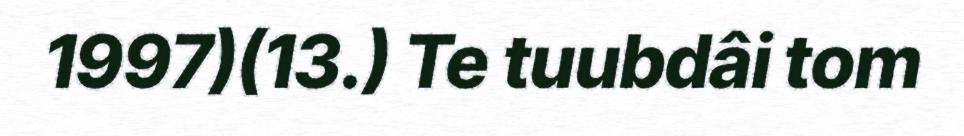
1997)(13.) Te tuubdâi tom